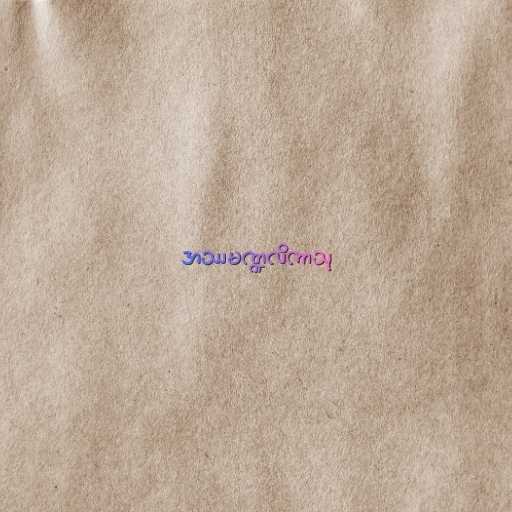
အဿမဏ္ဍလိကာသု